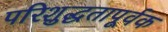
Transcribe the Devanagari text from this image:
परिशुद्धतापूर्वक